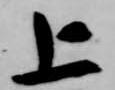
上